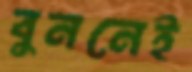
বুননেই